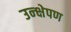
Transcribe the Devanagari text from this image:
उन्क्षेपण